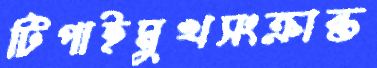
টিপাইমুখসংক্রান্ত